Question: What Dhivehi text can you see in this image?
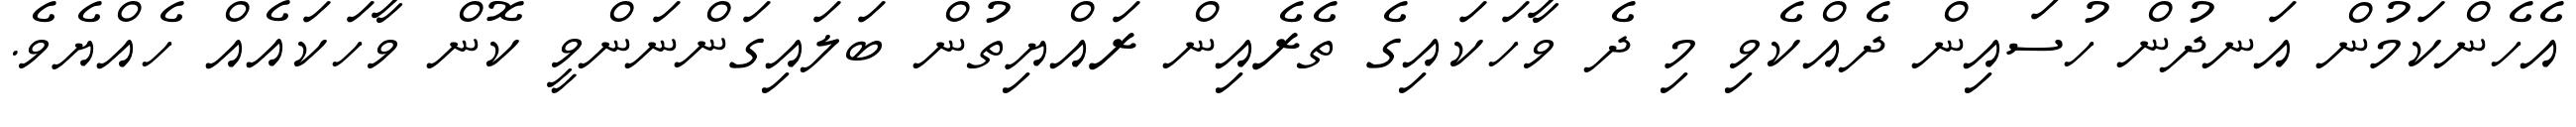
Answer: އެހެންކަމުން އަނދުން ހުސައިން ދެއްކެވި މި ދެ ވާހަކައިގެ ތެރެއިން ރައްޔިތުން ބަލައިގަންނަންވީ ކޮން ވާހަކައެއް ހެއްޔެވެ.